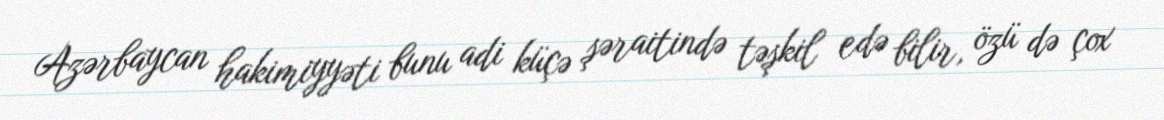
Azərbaycan hakimiyyəti bunu adi küçə şəraitində təşkil edə bilir, özü də çox